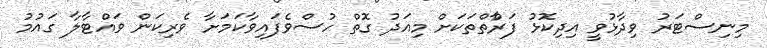
މިނިސްޓަރު ވިދާޅުވީ އިދިކޮޅު ފަރާްތްތަކަށް މިއަދު ގޮތް ހުސްވެފައިވާކަމަށާ ވެރިކަން ވައްޓާލާ ގައުމު